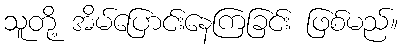
သူတို့ အိမ်ပြောင်းနေကြခြင်း ဖြစ်မည်။